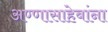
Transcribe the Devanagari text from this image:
अण्णासाहेबांना